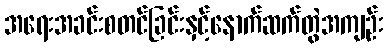
အရေးအခင်းစတင်ခြင်းနှင့်နောက်ဆက်တွဲအကျဉ်း